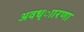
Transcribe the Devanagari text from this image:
अवध्ाारणा